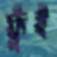
ফুঁই